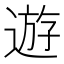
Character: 遊